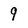
Character: 9